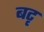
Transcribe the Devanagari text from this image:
बटृ